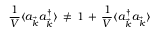
\frac { 1 } { V } \langle a _ { \vec { k } } a _ { \vec { k } } ^ { \dagger } \rangle \, \neq \, 1 \, + \, \frac { 1 } { V } \langle a _ { \vec { k } } ^ { \dagger } a _ { \vec { k } } \rangle